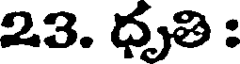
23. ధృతి :